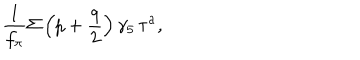
LaTeX: \frac { 1 } { f _ { \pi } } \Sigma \left( p + \frac { q } { 2 } \right) \gamma _ { 5 } \, \tau ^ { a } ,